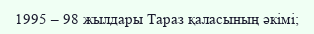
1995 – 98 жылдары Тараз қаласының әкімі;